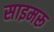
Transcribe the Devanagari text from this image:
साइमरू